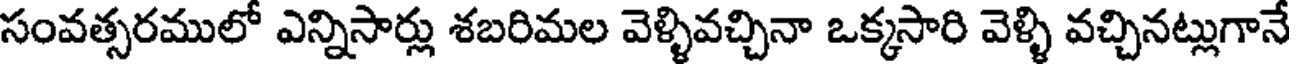
సంవత్సరములో ఎన్నిసార్లు శబరిమల వెళ్ళివచ్చినా ఒక్కసారి వెళ్ళి వచ్చినట్లుగానే